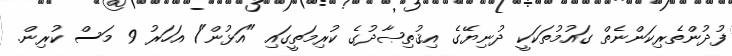
ފުދުންތެރިކަންނެތް ގައުމުތަކަކީ ދުނިޔޭގެ އިޤުތިޞާދުގެ ކުރިމަތީގައި "އަޅުން"1 އަހަރު 9 މަސް ކުރިން.